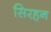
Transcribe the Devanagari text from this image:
सिरहन